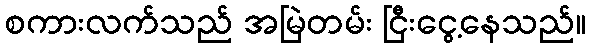
စကားလက်သည် အမြဲတမ်း ငြီးငွေ့နေသည်။